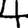
Digit: 4